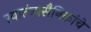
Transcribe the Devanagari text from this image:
स्वातंत्र्यसैनिकांचे